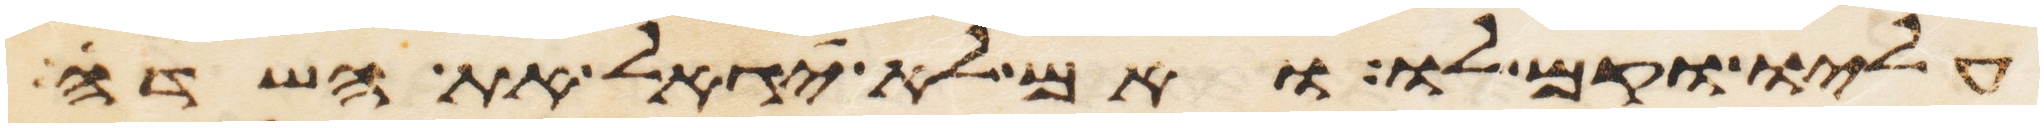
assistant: עליו וקם לו ואם לא יגאל את השדה